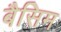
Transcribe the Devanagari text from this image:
बैसिम